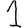
Digit: 1